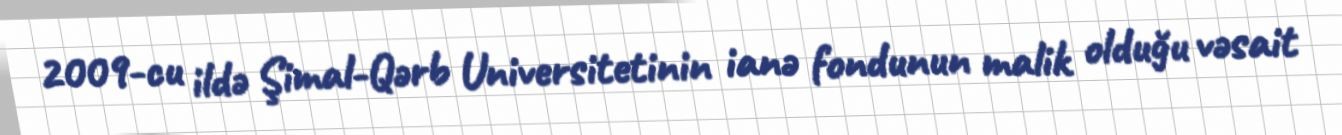
2009-cu ildə Şimal-Qərb Universitetinin ianə fondunun malik olduğu vəsait